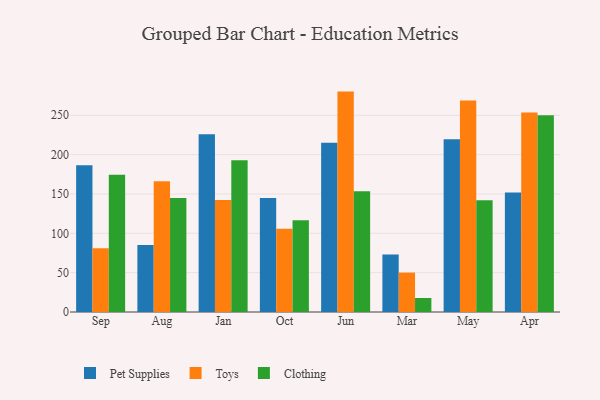
{"axis": {"x": "Month", "y": "Revenue (USD Million)"}, "legend": ["Clothing", "Pet Supplies", "Toys"], "data": [{"x": "Sep", "y": 186.5, "type": "Pet Supplies"}, {"x": "Sep", "y": 81.1, "type": "Toys"}, {"x": "Sep", "y": 174.3, "type": "Clothing"}, {"x": "Aug", "y": 85.1, "type": "Pet Supplies"}, {"x": "Aug", "y": 166.3, "type": "Toys"}, {"x": "Aug", "y": 145.0, "type": "Clothing"}, {"x": "Jan", "y": 225.8, "type": "Pet Supplies"}, {"x": "Jan", "y": 142.4, "type": "Toys"}, {"x": "Jan", "y": 193.0, "type": "Clothing"}, {"x": "Oct", "y": 144.9, "type": "Pet Supplies"}, {"x": "Oct", "y": 105.8, "type": "Toys"}, {"x": "Oct", "y": 116.6, "type": "Clothing"}, {"x": "Jun", "y": 215.2, "type": "Pet Supplies"}, {"x": "Jun", "y": 280.1, "type": "Toys"}, {"x": "Jun", "y": 153.4, "type": "Clothing"}, {"x": "Mar", "y": 73.0, "type": "Pet Supplies"}, {"x": "Mar", "y": 50.1, "type": "Toys"}, {"x": "Mar", "y": 17.8, "type": "Clothing"}, {"x": "May", "y": 219.4, "type": "Pet Supplies"}, {"x": "May", "y": 268.8, "type": "Toys"}, {"x": "May", "y": 142.1, "type": "Clothing"}, {"x": "Apr", "y": 152.0, "type": "Pet Supplies"}, {"x": "Apr", "y": 253.4, "type": "Toys"}, {"x": "Apr", "y": 249.9, "type": "Clothing"}]}